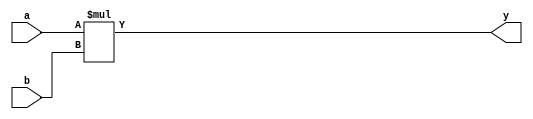
`timescale 1ns / 1ps
//////////////////////////////////////////////////////////////////////////////////
// Company: 
// Engineer: 
// 
// Design Name: 
// Module Name: school_book
// Project Name: 
// Target Devices: 
// Tool Versions: 
// Description: 
// 
// Dependencies: 
// 
// Revision:
// Revision 0.01 - File Created
// Additional Comments:
// 
//////////////////////////////////////////////////////////////////////////////////


module school_book #(
    parameter DATA_WIDTH = 8
)(
    input [DATA_WIDTH-1:0]a,
    input [DATA_WIDTH-1:0]b,
    output [(2*DATA_WIDTH)-1:0]y
    );
    assign y = a*b;
endmodule